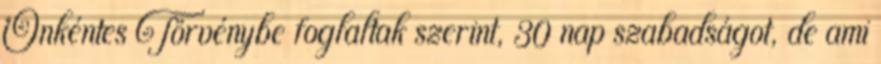
Önkéntes Törvénybe foglaltak szerint, 30 nap szabadságot, de ami